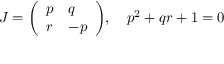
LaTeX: J = { \left( \begin{array} { l l } { p } & { q } \\ { r } & { - p } \end{array} \right) } , \quad p ^ { 2 } + q r + 1 = 0